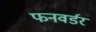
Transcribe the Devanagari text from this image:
फनवर्डर